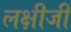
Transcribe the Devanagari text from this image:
लक्षीजी